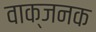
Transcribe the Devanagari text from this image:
वाक्जनक